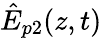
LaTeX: {\hat{E}}_{p2}(z,t)